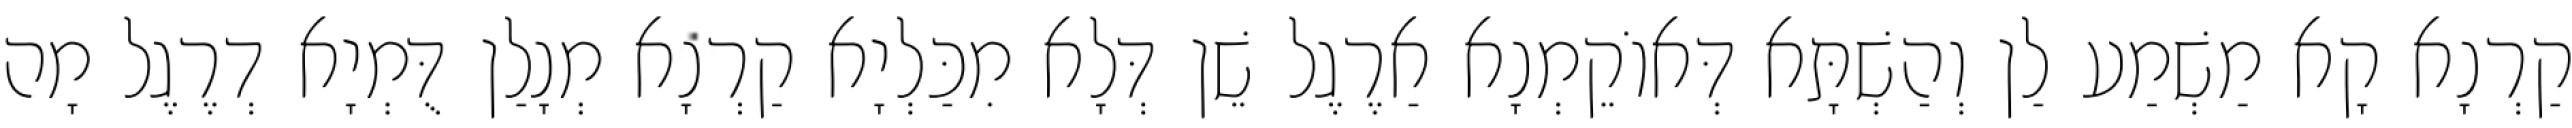
קַרְנָא קָא מַשְׁמַע לַן וְהַשְׁתָּא דְּאוֹקֵמְנָא אַרֶגֶל שֵׁן דְּלָא מִכַּלְיָא קַרְנָא מְנָלַן דֻּמְיָא דְרֶגֶל מָה